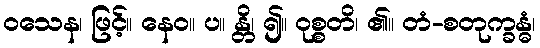
ဝသေန၊ ဖြင့်။ နေဝ။ ပ။ န္တိ၊ ၍။ ဝုစ္စတိ၊ ၏။ တံ-စတုက္ခန္ဓံ၊